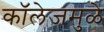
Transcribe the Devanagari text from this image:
कॉलेजमुळे